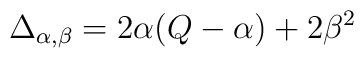
\Delta_{\alpha,\beta}=2\alpha(Q-\alpha)+2\beta^2